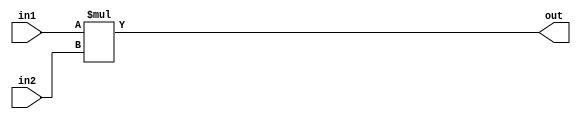
/* Module: multiplyu (unsigned Multiply)
 * Description: Multiplys 2 numbers.
 * Parameters: L1 - length of input 1
 *             L2 - length of input 2
 */

module multiplyu     #(parameter L1 = 8,
                    parameter L2 = 8)
                    
                    (input  [L1-1:0] in1,
                    input  [L2-1:0] in2,
                    output wire [L1+L2-1:0] out);
                    
  assign out = in1 * in2;
endmodule